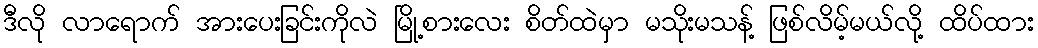
ဒီလို လာရောက် အားပေးခြင်းကိုလဲ မြို့စားလေး စိတ်ထဲမှာ မသိုးမသန့် ဖြစ်လိမ့်မယ်လို့ ထိပ်ထား